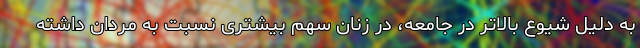
به‌ دلیل شیوع بالاتر در جامعه، در زنان سهم بیشتری نسبت به مردان داشته